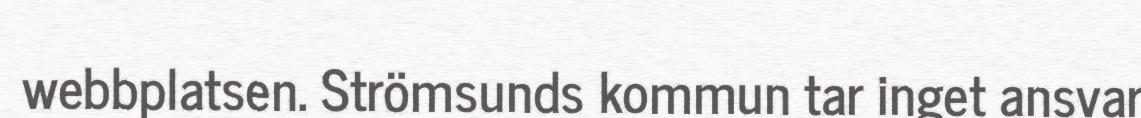
webbplatsen. Strömsunds kommun tar inget ansvar